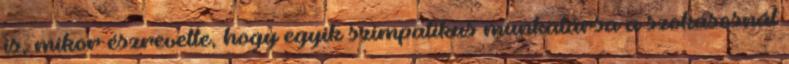
is, mikor észrevette, hogy egyik szimpatikus munkatársa a szokásosnál